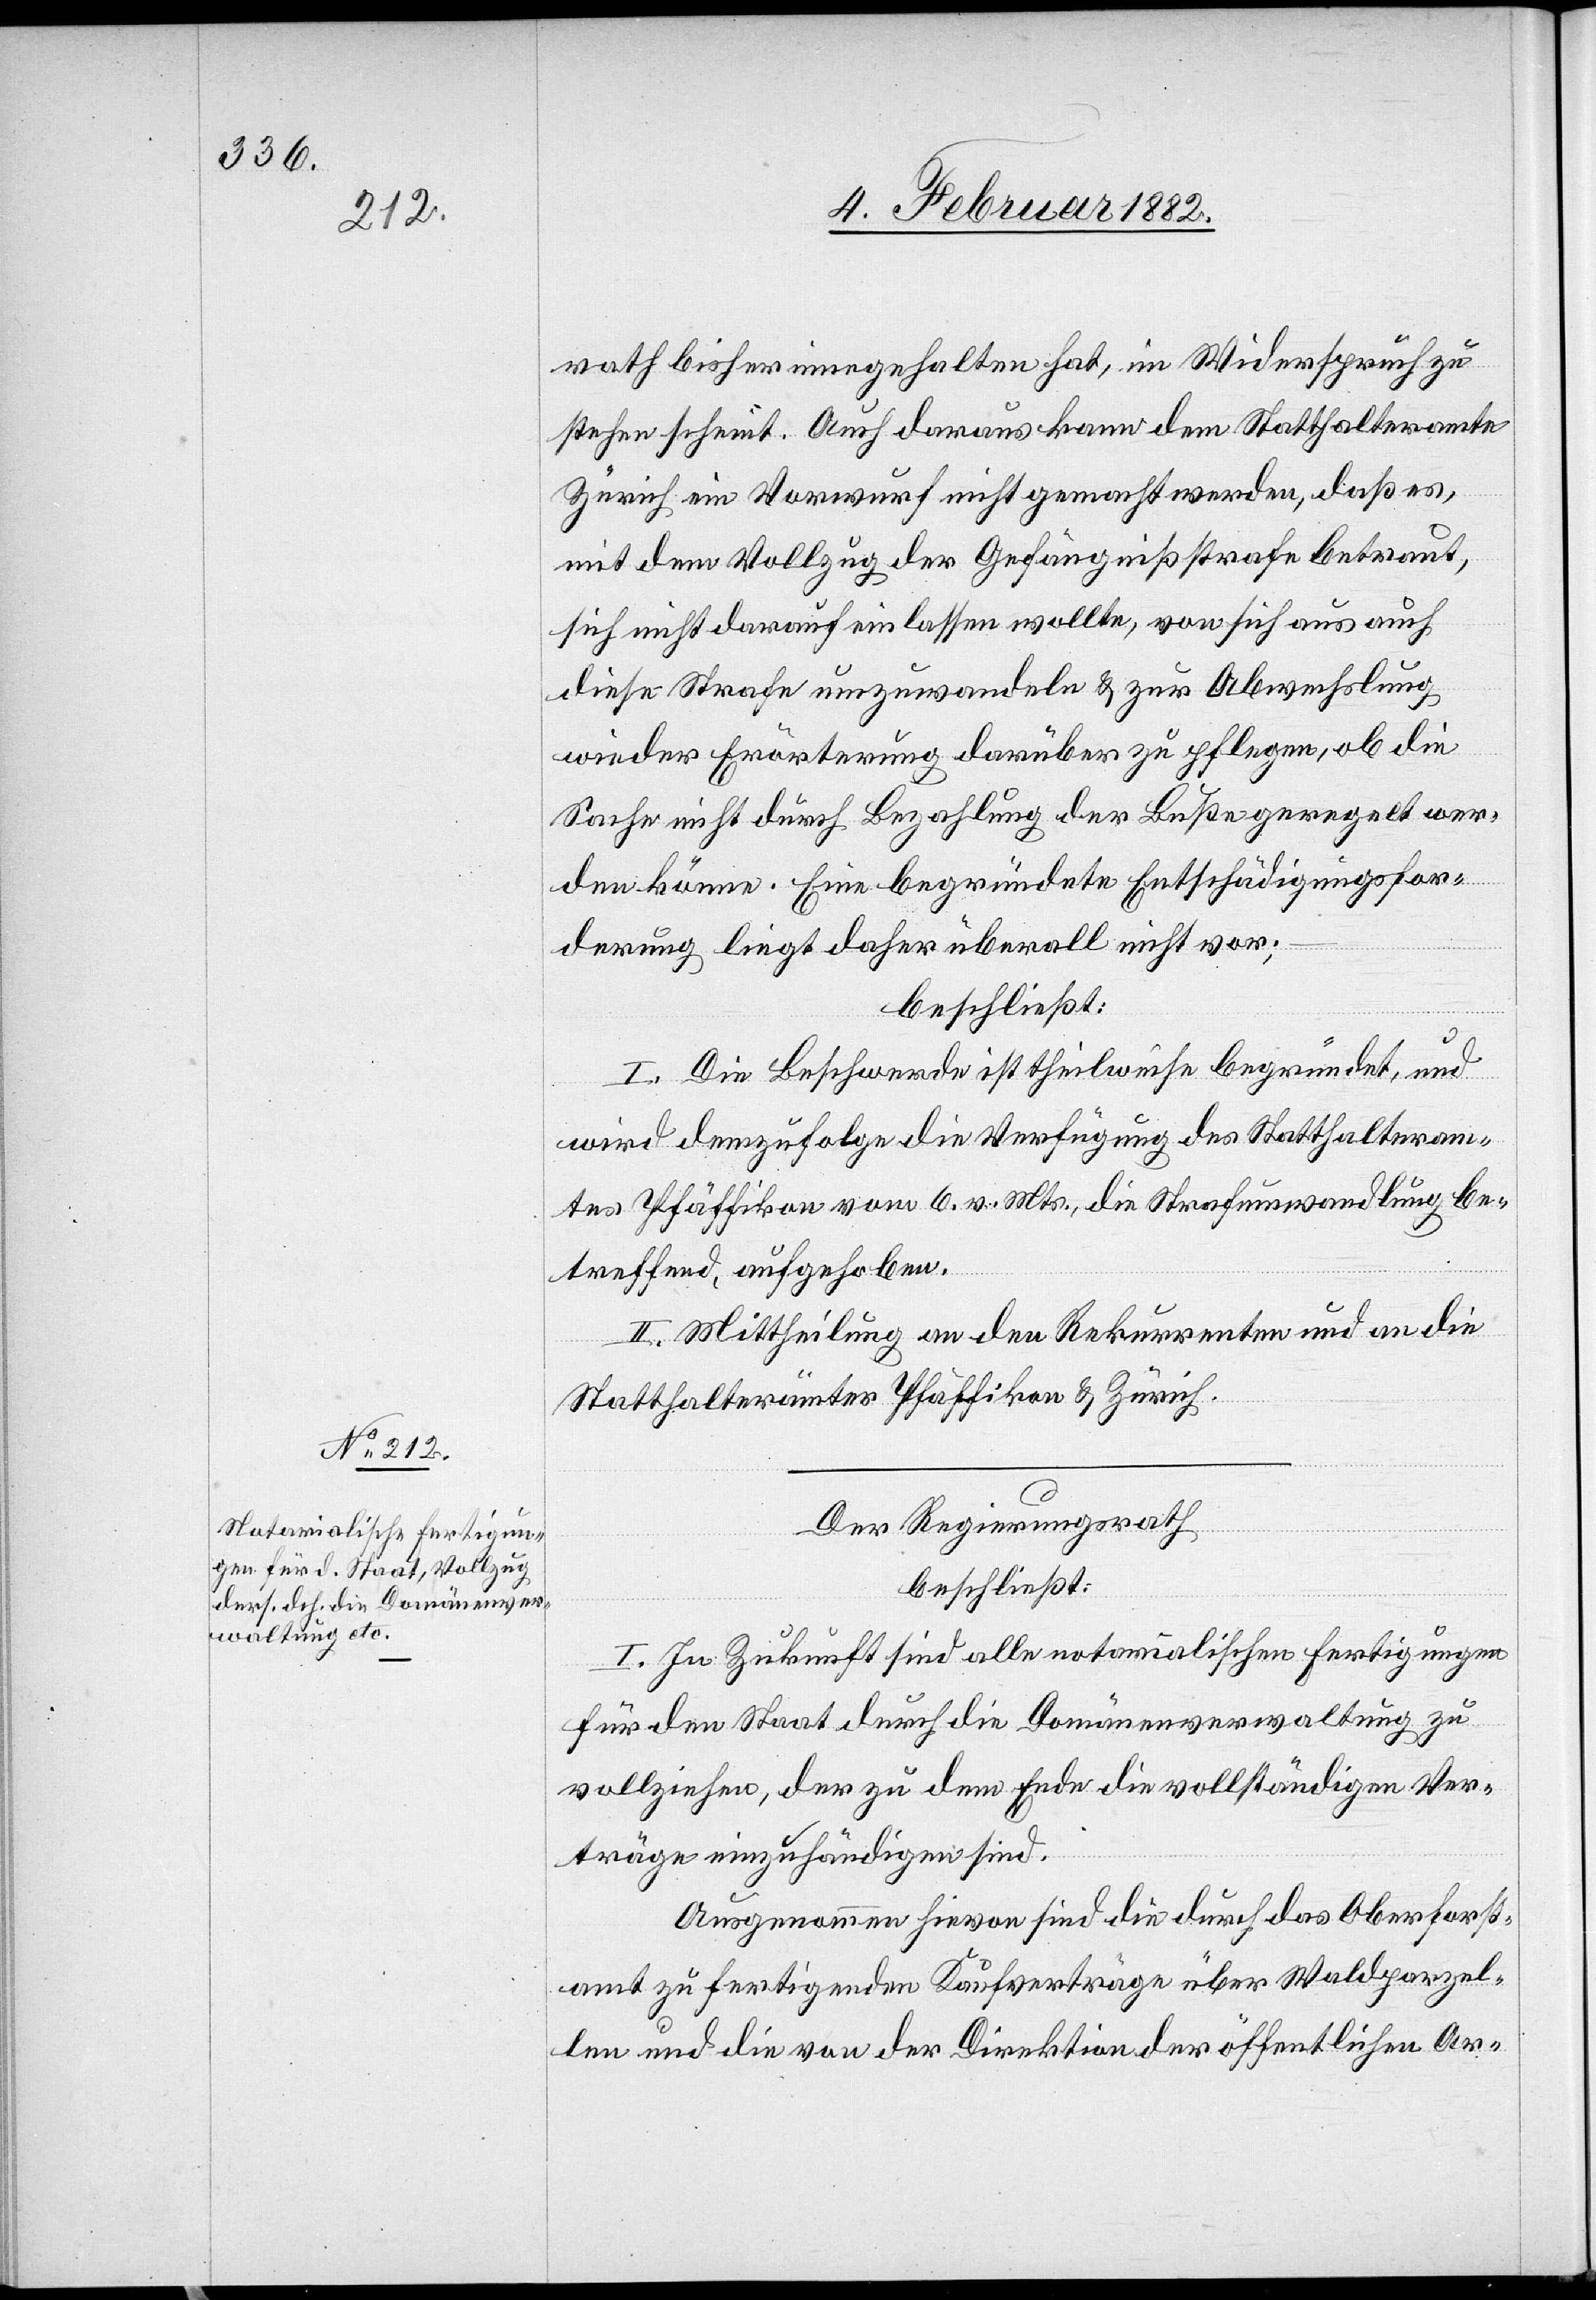
rath bisher eingehalten hat, in Widerspruch zu
stehen scheint. Auch daraus kann dem Statthalteramte
Zürich ein Vorwurf nicht gemacht werden, daß es,
mit dem Vollzug der Gefängnißstrafe betraut
sich nicht darauf einlassen wollte, von sich aus auch
diese Strafe umzuwandeln & zur Abwechslung
wieder Erörterung darüber zu pflegen, ob die
Sache nicht durch Bezahlung der Buße geregelt wer¬
den könne. Eine begründete Entschädigungsfor¬
derung liegt daher überall nicht vor;
beschließt:
I. Die Beschwerde ist theilweise begründet, und
wird demzufolge die Verfügung des Statthalteram¬
tes Pfäffikon vom 6. v. Mts., die Strafumwandlung be¬
treffend, aufgehoben.
II. Mittheilung an den Rekurrenten und an die
Statthalterämter Pfäffikon & Zürich.
Der Regierungsrath
beschließt:
I. In Zukunft sind alle notarialischen Fertigungen
für den Staat durch die Domänenverwaltung zu
vollziehen, der zu dem Ende die vollständigen Ver¬
träge einzuhändigen sind.
Ausgenommen hievon sind die durch das Oberforst¬
amt zu fertigenden Kaufverträge über Waldparzel¬
len und die von der Direktion der öffentlichen Ar-